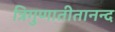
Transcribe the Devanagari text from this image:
त्रिगुणातीतानन्द